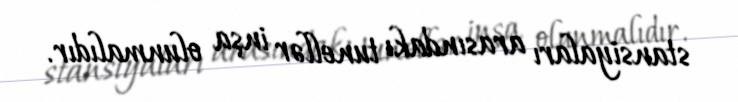
stansiyaları arasındakı tunellər inşa olunmalıdır.